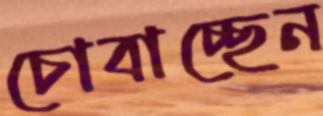
চোবাচ্ছেন